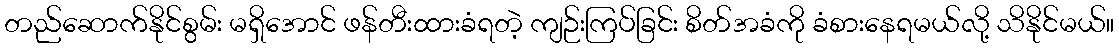
တည်ဆောက်နိုင်စွမ်း မရှိအောင် ဖန်တီးထားခံရတဲ့ ကျဉ်းကြပ်ခြင်း စိတ်အခံကို ခံစားနေရမယ်လို့ သိနိုင်မယ်။